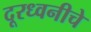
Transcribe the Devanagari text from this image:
दूरध्वनीचे